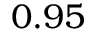
0 . 9 5